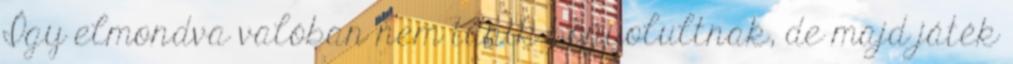
Így elmondva valóban nem tűnik bonyolultnak, de majd játék